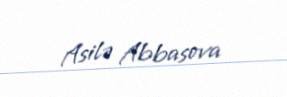
Asilə Abbasova